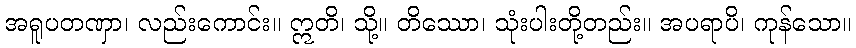
အရူပတဏှာ၊ လည်းကောင်း။ ဣတိ၊ သို့။ တိဿော၊ သုံးပါးတို့တည်း။ အပရာပိ၊ ကုန်သော။